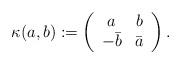
LaTeX: \begin{align*}\kappa(a,b):=\left(\begin{array}{cc}a&b\\-\bar b&\bar a\end{array}\right).\end{align*}